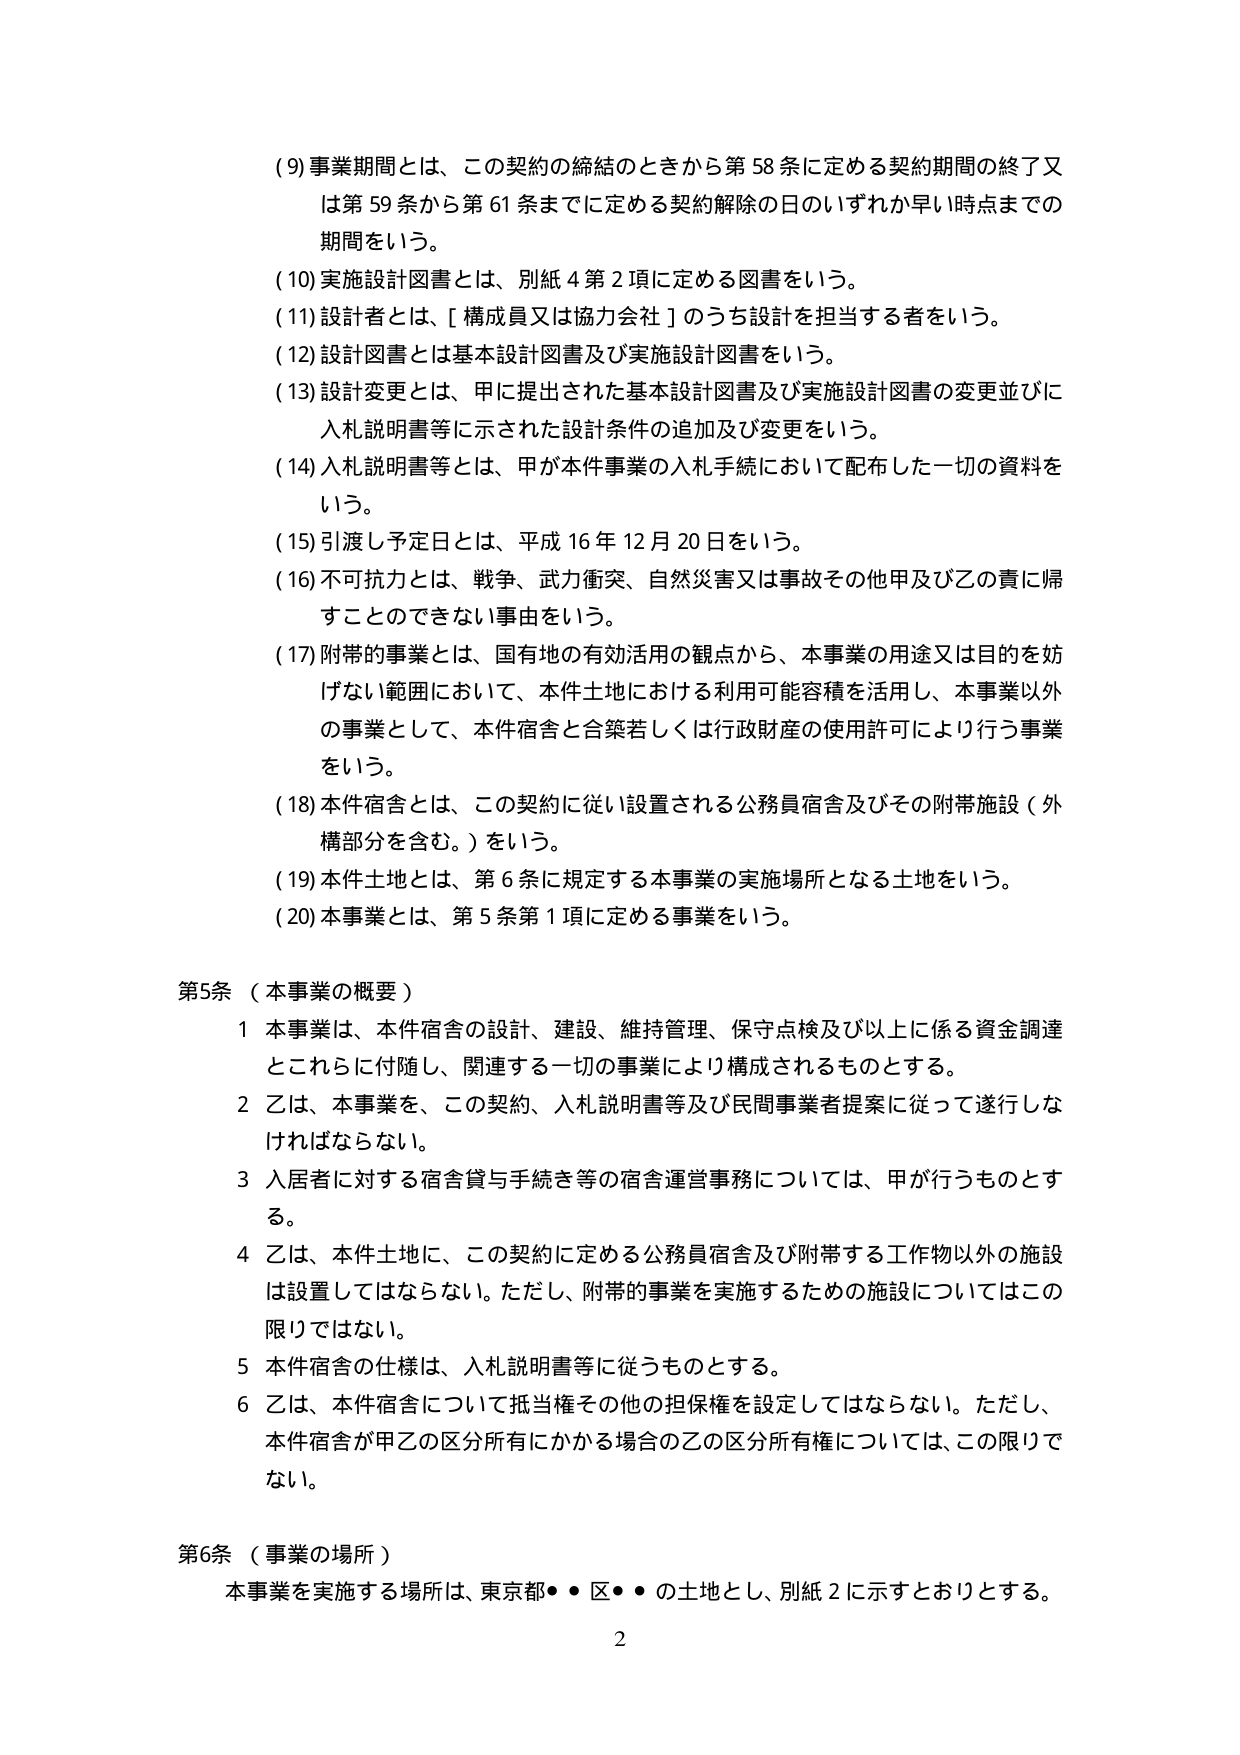
(9) 事業期間とは、この契約の締結のときから第58条に定める契約期間の終了又は第59条から第61条までに定める契約解除の日のいずれか早い時点までの期間をいう。

(10) 実施設計図書とは、別紙4第2項に定める図書をいう。

(11) 設計者とは、[構成員又は協力会社]のうち設計を担当する者をいう。

(12) 設計図書とは基本設計図書及び実施設計図書をいう。

(13) 設計変更とは、甲に提出された基本設計図書及び実施設計図書の変更並びに入札説明書等に示された設計条件の追加及び変更をいう。

(14) 入札説明書等とは、甲が本件事業の入札手続において配布した一切の資料をいう。

(15) 引渡し予定日とは、平成16年12月20日をいう。

(16) 不可抗力とは、戦争、武力衝突、自然災害又は事故その他甲及び乙の責に帰すことのできない事由をいう。

(17) 附帯的事業とは、国有地の有効活用の観点から、本事業の用途又は目的を妨げない範囲において、本件土地における利用可能容積を活用し、本事業以外の事業として、本件宿舎と合築若しくは行政財産の使用許可により行う事業をいう。

(18) 本件宿舎とは、この契約に従い設置される公務員宿舎及びその附帯施設（外構部分を含む。）をいう。

(19) 本件土地とは、第6条に規定する本事業の実施場所となる土地をいう。

(20) 本事業とは、第5条第1項に定める事業をいう。

第5条（本事業の概要）

1 本事業は、本件宿舎の設計、建設、維持管理、保守点検及び以上に係る資金調達とこれらに付随し、関連する一切の事業により構成されるものとする。

2 乙は、本事業を、この契約、入札説明書等及び民間事業者提案に従って遂行しなければならない。

3 入居者に対する宿舎貸与手続き等の宿舎運営事務については、甲が行うものとする。

4 乙は、本件土地に、この契約に定める公務員宿舎及び附帯する工作物以外の施設は設置してはならない。ただし、附帯的事業を実施するための施設についてはこの限りではない。

5 本件宿舎の仕様は、入札説明書等に従うものとする。

6 乙は、本件宿舎について抵当権その他の担保権を設定してはならない。ただし、本件宿舎が甲乙の区分所有にかかる場合の乙の区分所有権については、この限りでない。

第6条（事業の場所）

本事業を実施する場所は、東京都●●区●●の土地とし、別紙2に示すとおりとする。

2